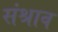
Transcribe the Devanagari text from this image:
संश्राव